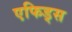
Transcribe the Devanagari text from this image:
एफिड्स